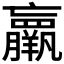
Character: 𮊵